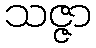
သဇ္ဇာ